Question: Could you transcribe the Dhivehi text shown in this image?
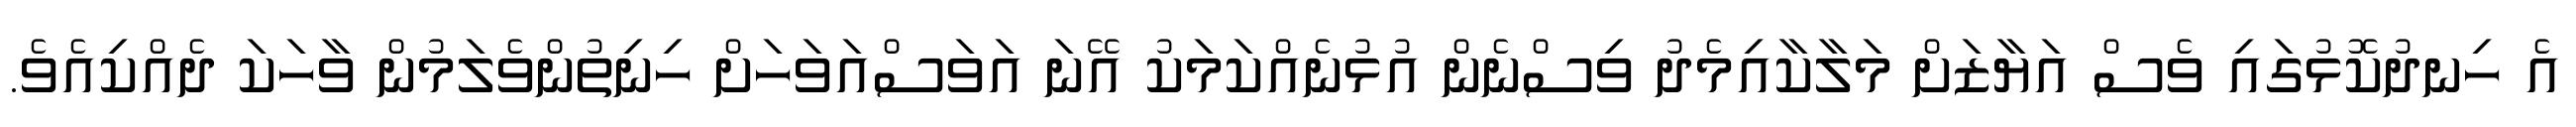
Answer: އެ ހިނދުކޮޅުގައި ވެސް އަޔާޒަށް މަލާކާއިމެދު ވިސްނެން އުޅުނެއްކަމަކު އޭނަ އަވަސްއަވަހަށް ހިނިތުންވެލަމުން ވާހަކަ ދެއްކިއެވެ.